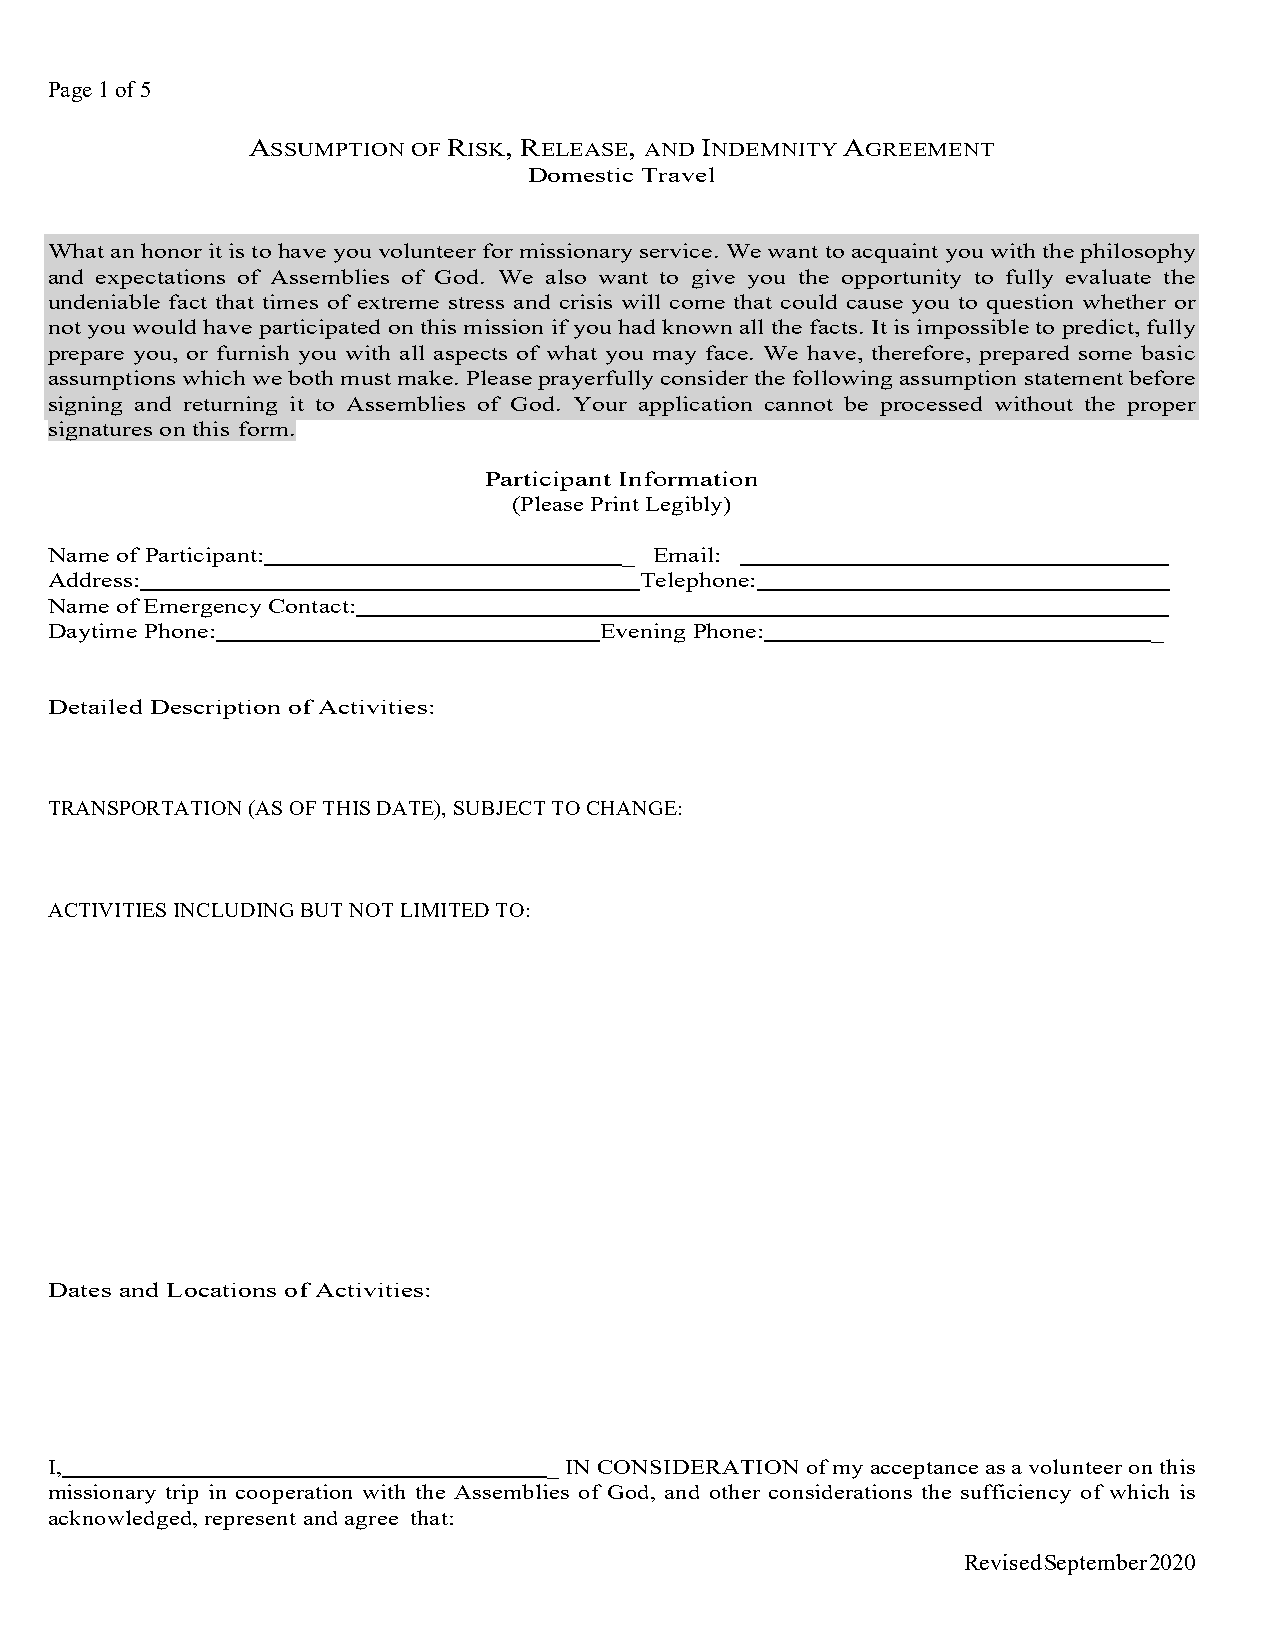
Page 1 of 5
 ASSUMPTION OF RISK, RELEASE, AND INDEMNITY AGREEMENT
 Domestic Travel
 What an honor it is to have you volunteer for missionary service. We want to acquaint you with the philosophy
 and expectations of Assemblies of God. We also want to give you the opportunity to fully evaluate the
 undeniable fact that times of extreme stress and crisis will come that could cause you to question whether or
 not you would have participated on this mission if you had known all the facts. It is impossible to predict, fully
 prepare you, or furnish you with all aspects of what you may face. We have, therefore, prepared some basic
 assumptions which we both must make. Please prayerfully consider the following assumption statement before
 signing and returning it to Assemblies of God. Your application cannot be processed without the proper
 signatures on this form.
 Participant Information
 (Please Print Legibly)
 Name of Participant:                  _ Email:
 Address:                               Telephone:
 Name of Emergency Contact:
 Daytime Phone:                       Evening Phone:                      _
 Detailed Description of Activities:
 TRANSPORTATION (AS OF THIS DATE), SUBJECT TO CHANGE:
 ACTIVITIES INCLUDING BUT NOT LIMITED TO:
 Dates and Locations of Activities:
 I,                               _ IN CONSIDERATION of my acceptance as a volunteer on this
 missionary trip in cooperation with the Assemblies of God, and other considerations the sufficiency of which is
 acknowledged, represent and agree that:
 Revised September 2020